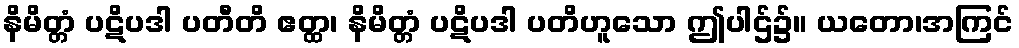
နိမိတ္တံ ပဋိပဒါ ပတီတိ ဧတ္ထ၊ နိမိတ္တံ ပဋိပဒါ ပတိဟူသော ဤပါဌ်၌။ ယတော၊အကြင်